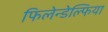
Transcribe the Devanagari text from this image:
फिलेन्डेल्फिया